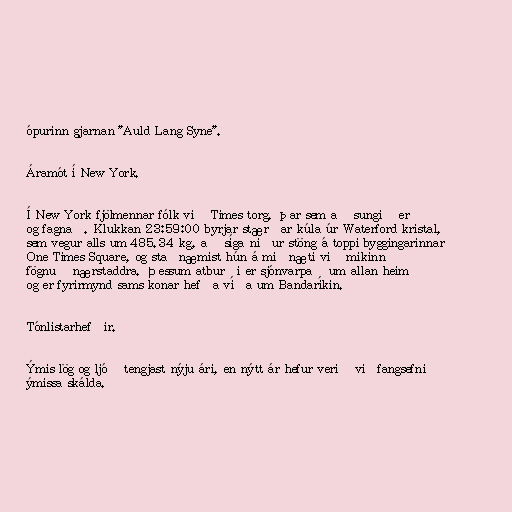
ópurinn gjarnan "Auld Lang Syne".

Áramót í New York.

Í New York fjölmennar fólk við Times torg, þar sem að sungið er
og fagnað. Klukkan 23:59:00 byrjar stærðar kúla úr Waterford kristal,
sem vegur alls um 485.34 kg, að síga niður stöng á toppi byggingarinnar
One Times Square, og staðnæmist hún á miðnæti við mikinn
fögnuð nærstaddra. Þessum atburði er sjónvarpað um allan heim
og er fyrirmynd sams konar hefða víða um Bandaríkin.

Tónlistarhefðir.

Ýmis lög og ljóð tengjast nýju ári, en nýtt ár hefur verið viðfangsefni
ýmissa skálda.